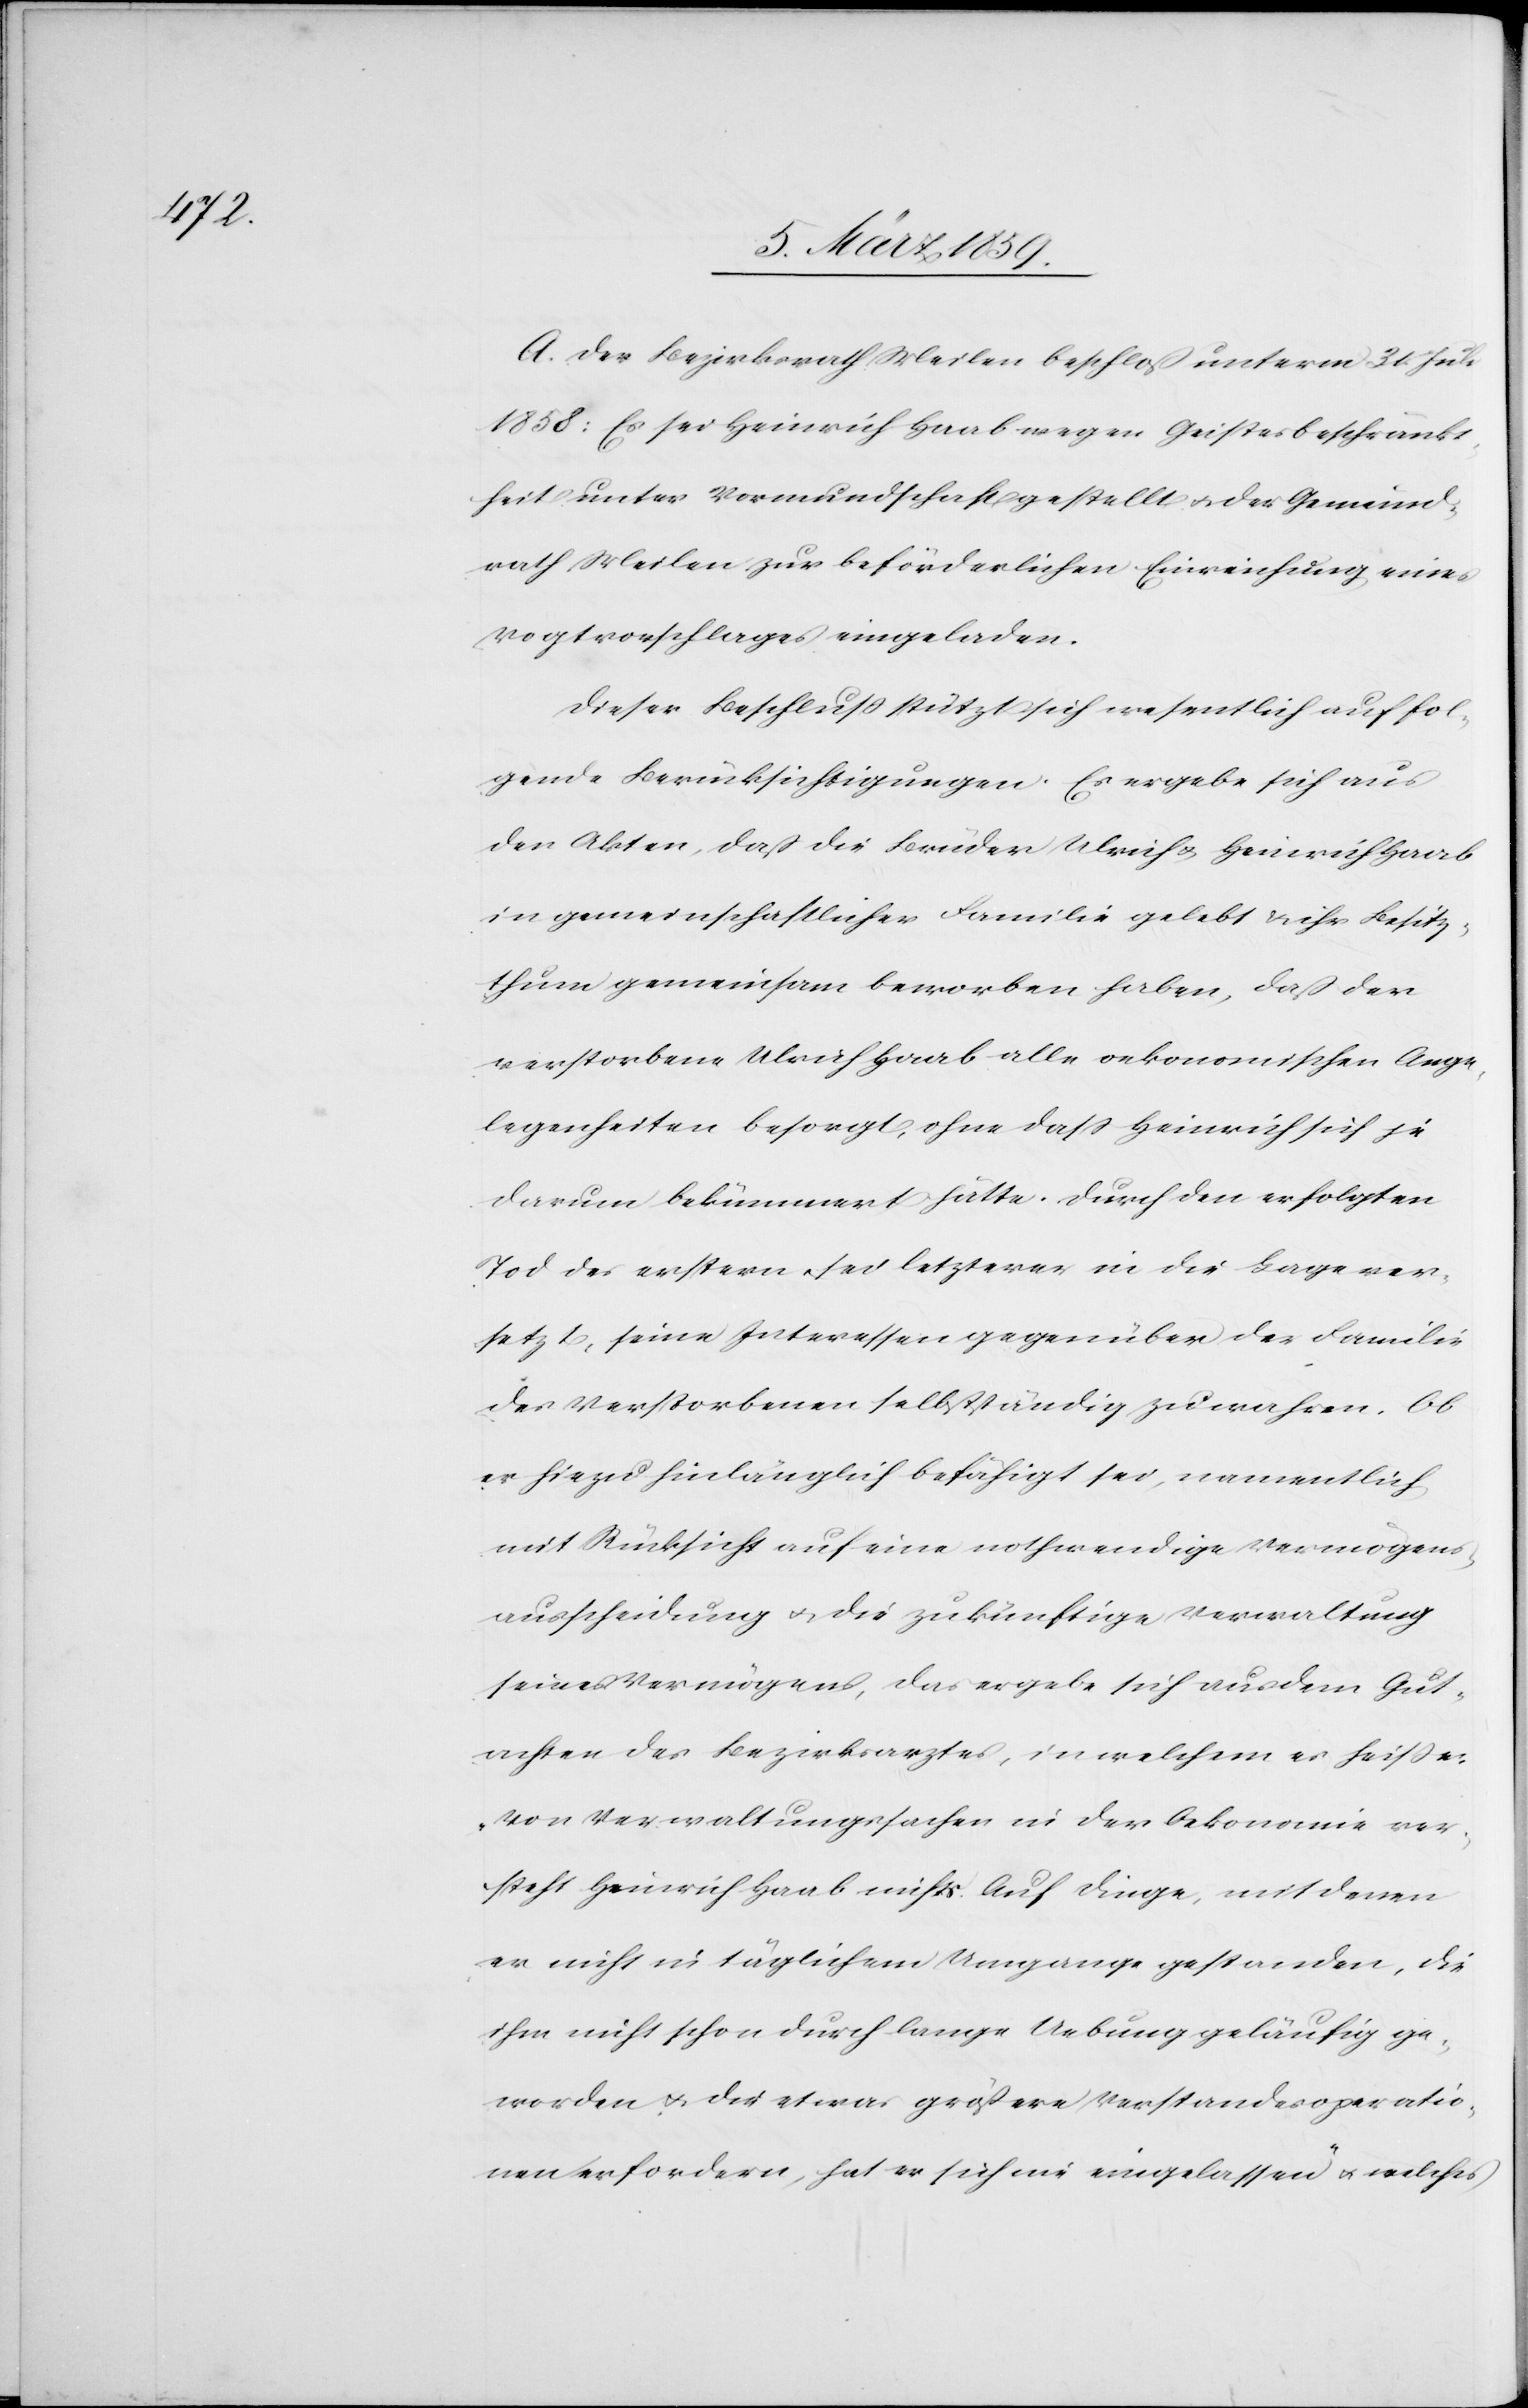
A. Der Bezirksrath Meilen beschloß unterm 31. Juli
1858: Es sei Heinrich Haab wegen Geistesbeschränkt¬
heit unter Vormundschaft gestellt u. der Gemeind¬
rath Meilen zur beförderlichen Einreichung eines
Vogtvorschlages eingeladen.
Dieser Beschluß stützt sich wesentlich auf fol¬
gende Berücksichtigungen. Es ergebe sich aus
den Akten, daß die Brüder Ulrich & Heinrich Haab
in gemeinschaftlicher Familie gelebt & ihr Besitz¬
thum gemeinsam beworben haben, daß der
verstorbene Ulrich Haab alle oekonomischen Ange¬
legenheiten besorgt, ohne daß Heinrich sich je
darum bekümmert hätte. Durch den erfolgten
Tod des erstern, sei letzterer in die Lage ver¬
setzt, seine Interessen gegenüber der Familie
des Verstorbenen selbstständig zu wahren. Ob
er hiezu hinlänglich befähigt sei, namentlich
mit Rücksicht auf eine nothwendige Vermögens¬
ausscheidung u. die zukünftige Verwaltung
seines Vermögens, das ergebe sich aus dem Gut¬
achten des Bezirksarztes, in welchem es heiße:
„Von Verwaltungssachen in der Oekonomie ver¬
steht Heinrich Haab nichts. Auf Dinge, mit denen
er nicht in täglichem Umgang gestanden, die
ihm nicht schon durch lange Uebung geläufig ge¬
worden u. die etwas größere Verstandesoperatio¬
nen erfordern, hat er sich nie eingelassen“ u. welches